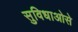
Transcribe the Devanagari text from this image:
सुविधाओसे